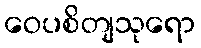
ဝေပစိတျသုရော